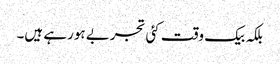
بلکہ بیک وقت کئی تجربے ہورہے ہیں۔